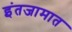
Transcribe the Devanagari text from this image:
इंतजामात